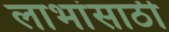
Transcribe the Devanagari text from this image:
लाभांसाठी